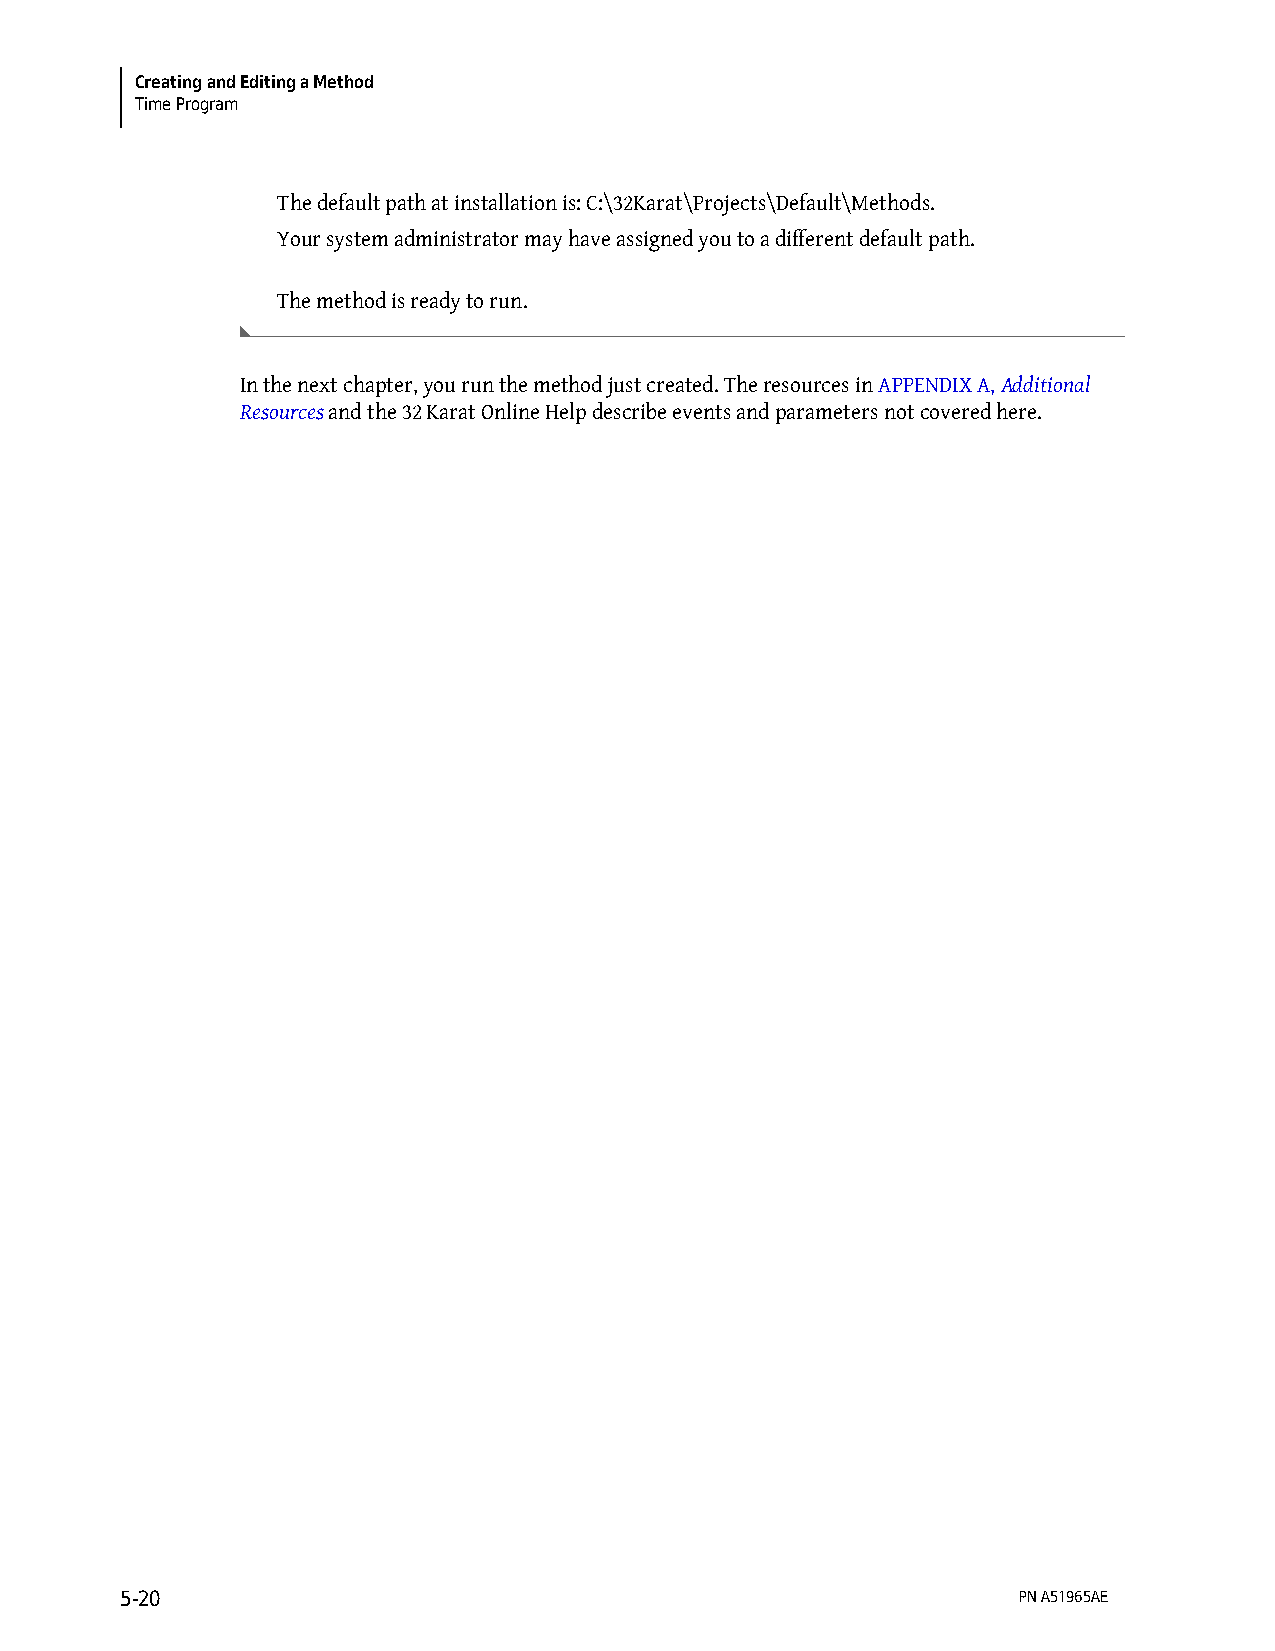
Creating and Editing a Method
 Time Program
 The default path at installation is: C:\32Karat\Projects\Default\Methods.
 Your system administrator may have assigned you to a different default path.
 The method is ready to run.
 In the next chapter, you run the method just created. The resources in APPENDIX A, Additional
 Resources and the 32 Karat Online Help describe events and parameters not covered here.
 5-20                                                       PN A51965AE